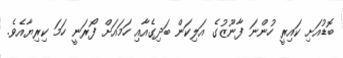
ބޮޑުއަށި ކައިރީ ހުންނަ ފާނޫޒުގެ އަލިކަން ބަދިގެއާއި ހަމައަށް ފޯރަނީ ހަމަ ކިރިޔާއެވެ.